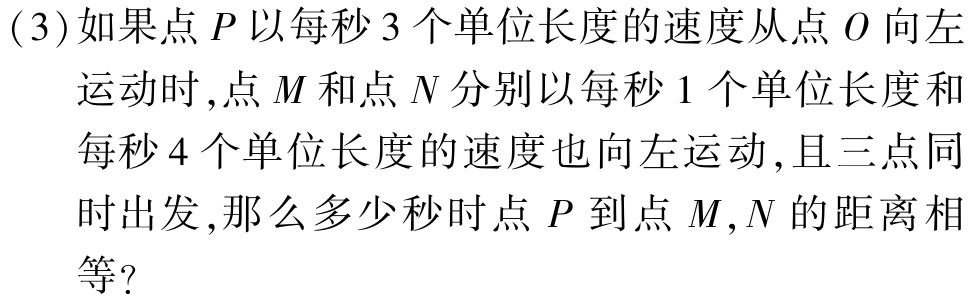
(3)如果点\(P\)以每秒\(3\)个单位长度的速度从点\(O\)向左运动时,点\(M\)和点\(N\)分别以每秒\(1\)个单位长度和每秒\(4\)个单位长度的速度也向左运动,且三点同时出发,那么多少秒时点\(P\)到点\(M,N\)的距离相等?